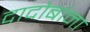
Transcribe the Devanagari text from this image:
दादोबांना